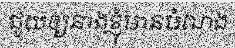
ជួយឲ្យនាងខ្ញុំមានបំណង